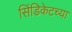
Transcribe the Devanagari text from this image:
सिंडिकेटच्या